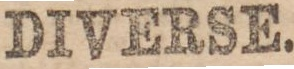
DIVERSE.